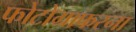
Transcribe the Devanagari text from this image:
फोटोग्राफरना